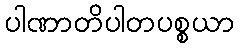
ပါဏာတိပါတပစ္စယာ